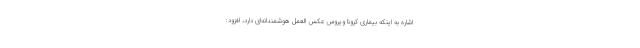
اشاره به اینکه بیماری کرونا ویروس عکس العمل هوشمندانه‌ای دارد، افزود: